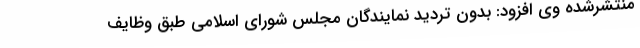
منتشرشده وی افزود: بدون تردید نمایندگان مجلس شورای اسلامی طبق وظایف